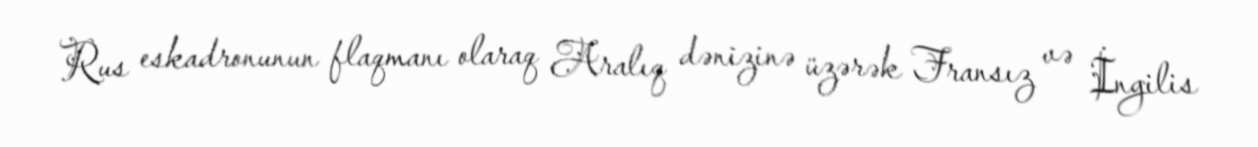
Rus eskadronunun flaqmanı olaraq Aralıq dənizinə üzərək Fransız və İngilis